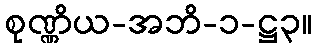
စုဏ္ဏိယ-အဘိ-၁-ဋ္ဌ၃။